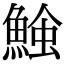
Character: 𩸈